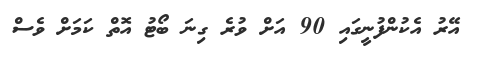
އޭރު އެކުންފުނީގައި 90 އަށް ވުރެ ގިނަ ބޯޓު އޮތް ކަމަށް ވެސް